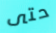
حتى